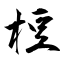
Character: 梪